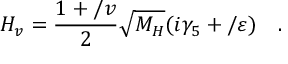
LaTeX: { \cal H } _ { v } = \frac { 1 + \slash { v } } { 2 } \sqrt { M _ { H } } ( i \gamma _ { 5 } + \slash { \varepsilon } ) \quad .